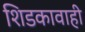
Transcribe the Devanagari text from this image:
शिडकावाही